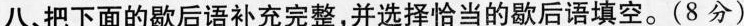
八，把下面的歇后语补充完整，并选择恰当的歇后语填空。(8分)